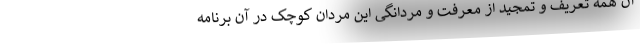
آن همه تعریف و تمجید از معرفت و مردانگی این مردان کوچک در آن برنامه